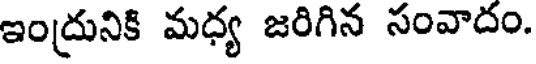
ఇంద్రునికి మధ్య జరిగిన సంవాదం.